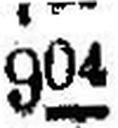
904